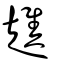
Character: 趭